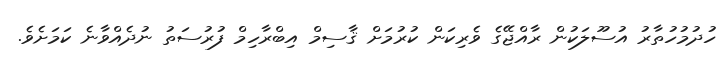
ހުދުމުހުތާރު އުސޫލަކުން ރާއްޖޭގެ ވެރިކަން ކުރުމަށް ޤާސިމް އިބްރާހިމް ފުރުސަތު ނުދެއްވާނެ ކަމަށެވެ.